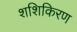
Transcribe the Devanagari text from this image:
शशिकिरण